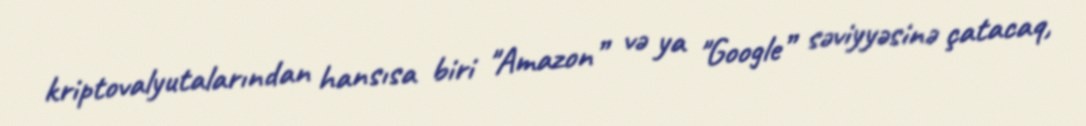
kriptovalyutalarından hansısa biri "Amazon” və ya "Google” səviyyəsinə çatacaq,